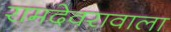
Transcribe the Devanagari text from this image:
रामदेवरावाला